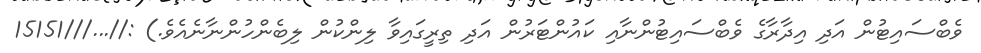
ވެބްސައިޓުން އަދި އިދާރާގެ ވެބްސައިޓުންނާއި ކައުންޓަރުން އަދި ތިރީގައިވާ ލިންކުން ލިބެންހުންނާނެއެވެ.) ://...///15151